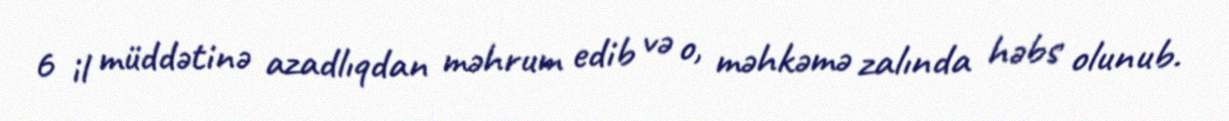
6 il müddətinə azadlıqdan məhrum edib və o, məhkəmə zalında həbs olunub.